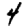
Digit: 4